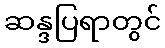
ဆန္ဒပြရာတွင်